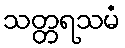
သတ္တရသမံ